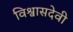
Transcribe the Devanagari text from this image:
विश्वासदेवी